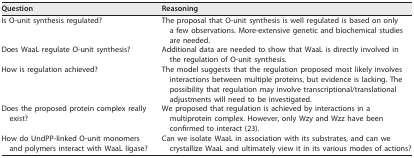
| Question | Reasoning |
 | --- | --- |
 | Is O-unit synthesis regulated? | The proposal that O-unit synthesis is well regulated is based on only a few observations. More-extensive genetic and biochemical studies are needed. |
 | Does WaaL regulate O-unit synthesis? | Additional data are needed to show that WaaL is directly involved in the regulation of O-unit synthesis. |
 | How is regulation achieved? | The model suggests that the regulation proposed most likely involves interactions between multiple proteins, but evidence is lacking. The possibility that regulation may involve transcriptional/translational adjustments will need to be investigated. |
 | Does the proposed protein complex really exist? | We proposed that regulation is achieved by interactions in a multiprotein complex. However, only Wzy and Wzz have been confirmed to interact (23). |
 | How do UndPP-linked O-unit monomers and polymers interact with WaaL ligase? | Can we isolate WaaL in association with its substrates, and can we crystallize WaaL and ultimately view it in its various modes of actions? |